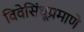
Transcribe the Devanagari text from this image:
विवेसिंधूप्रमाणे